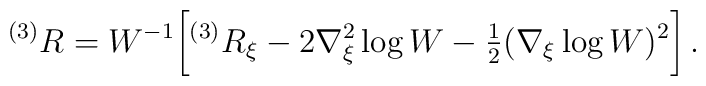
{}^{(3)}R=W^{-1} \biggl [ {}^{(3)}R_{\xi}-2\nabla_{\xi}^{2}\log W-{\textstyle\frac{1}{2}}(\nabla_{\xi}\log W)^{2} \biggr ] \, .